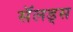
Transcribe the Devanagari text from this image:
सॅलड्स